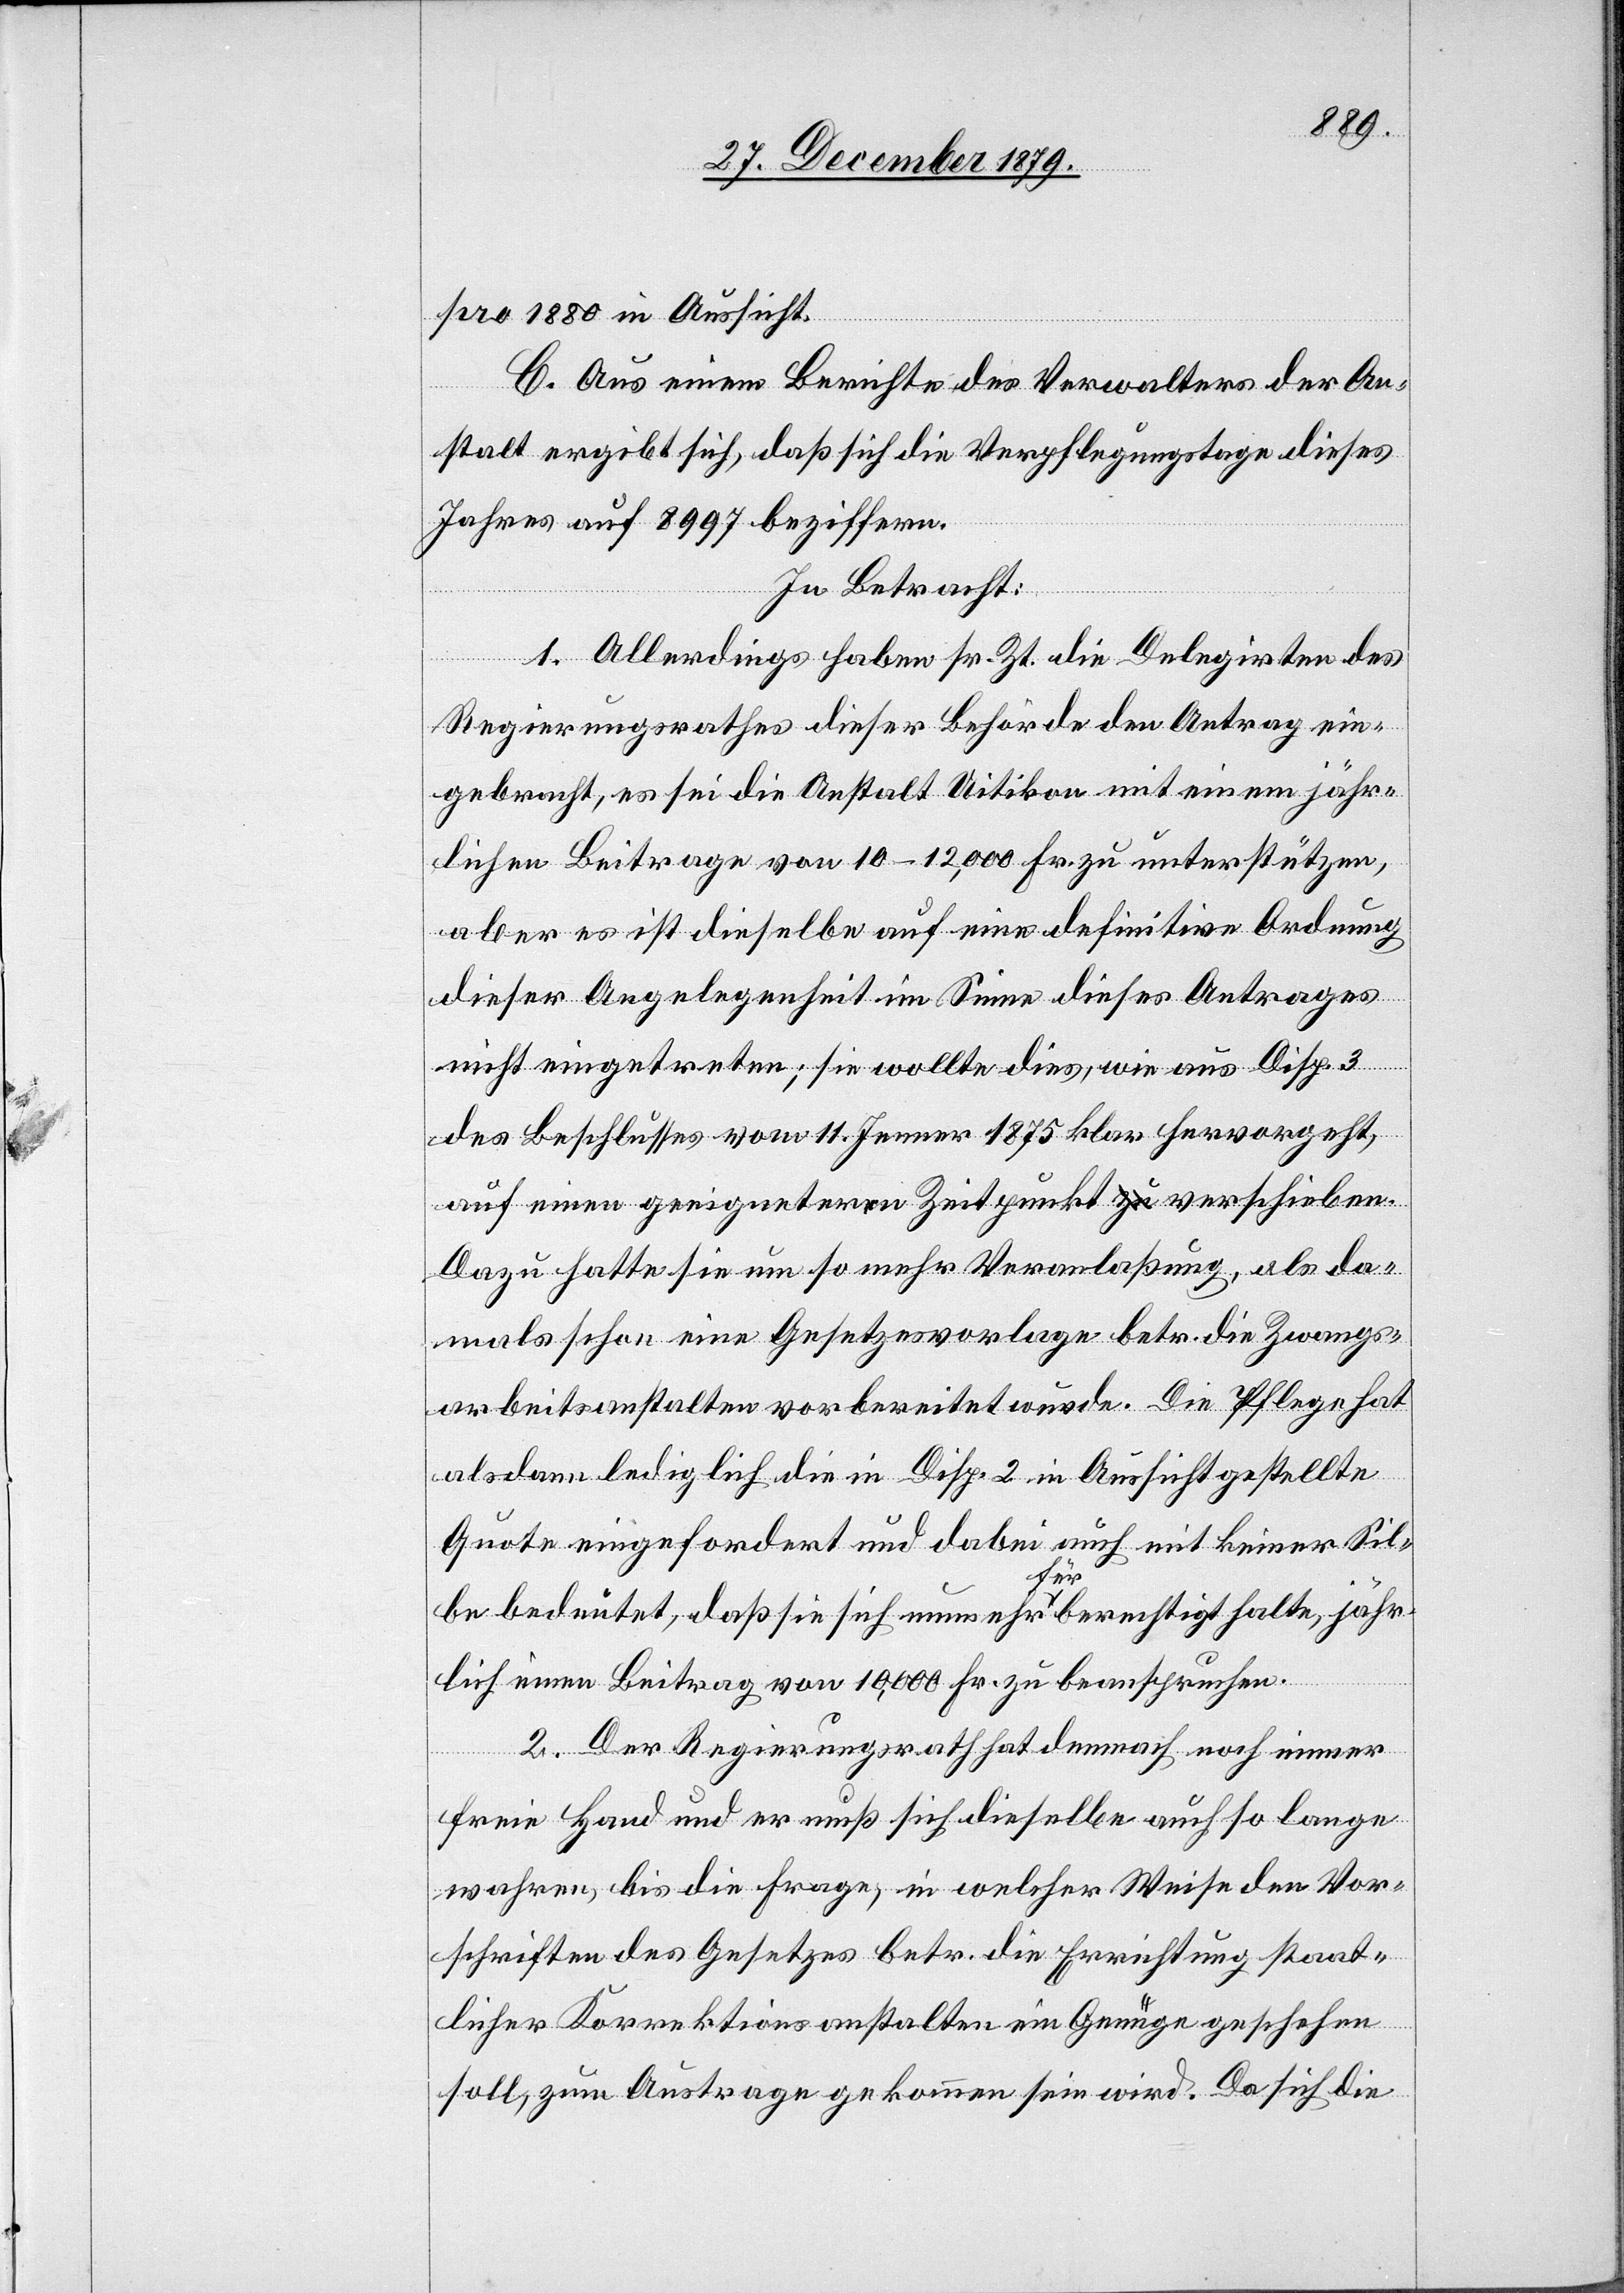
1880 in Aussicht.
C. Aus einem Berichte des Verwalters der An¬
stalt ergibt sich, daß sich die Verpflegungstage dieses
Jahres auf 8997 beziffern.
In Betracht:
1. Allerdings haben sr. Zt. die Delegirten des
Regierungsrathes dieser Behörde den Antrag ein¬
gebracht, es sei die Anstalt Uitikon mit einem jähr¬
lichen Beitrage von 10–12,000 Fr. zu unterstützen,
aber es ist dieselbe auf eine definitive Ordnung
dieser Angelegenheit im Sinne dieses Antrages
nicht eingetreten; sie wollte dies, wie aus Disp. 3
des Beschlusses vom 11. Jenner 1875 klar hervorgeht,
auf einen geeigneten Zeitpunkt verschieben.
Dazu hatte sie um so mehr Veranlaßung, als da¬
mals schon eine Gesetzesvorlage betr. die Zwangs¬
arbeitsanstalten vorbereitet wurde. Die Pflege hat
alsdann lediglich die in Disp. 2 in Aussicht gestellte
Quote eingefordert und dabei auch mit keinerlei Sil¬
be bedeutet, daß sie sich nunmehr für berechtigt halte, jähr¬
lich einen Beitrag von 10,000 Fr. zu beanspruchen.
2. Der Regierungsrath hat demnach noch immer
freie Hand und er muß sich dieselbe auch so lange
wahren, bis die Frage, in welcher Weise den Vor¬
schriften des Gesetzes betr. die Errichtung staat¬
licher Korrektionsanstalten ein Genüge geschehen
soll, zum Austrage gekommen sein wird. Da sich die